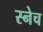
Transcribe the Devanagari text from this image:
स्नेच